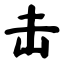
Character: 击